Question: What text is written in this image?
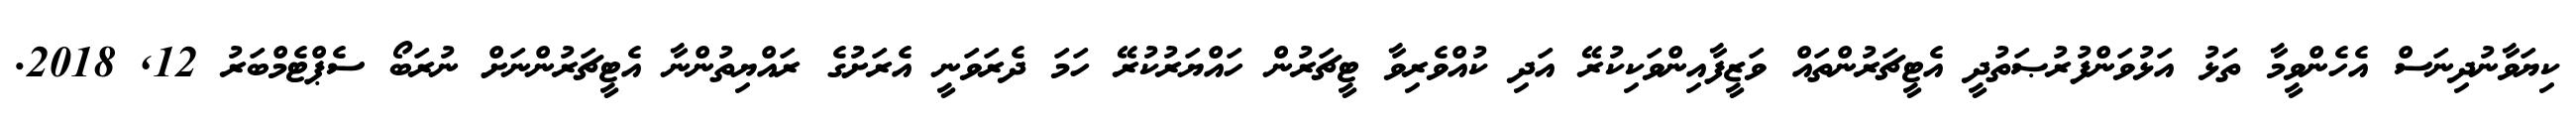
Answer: ކިޔަވާނުދިނަސް އެހެންވީމާ ތަޅު އަޅުވަންފުރުޞަތުދީ އެޓީޗަރުންތައް ވަޒީފާއިންވަކިކުރޭ އަދި ކުއްވެރިވާ ޓީޗަރުން ހައްޔަރުކުރޭ ހަމަ ދެރަވަނީ އެރަށުގެ ރައްޔިތުންނާ އެޓީޗަރުންނަށް ނުރަބޯ ސެޕްޓެމްބަރު 12, 2018.